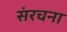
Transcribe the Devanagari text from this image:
संंरचना